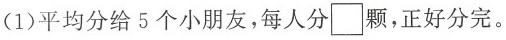
(1)平均分给5个小朋友，每人分\Box颗，正好分完。